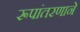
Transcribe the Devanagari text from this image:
रूपांतरणाने